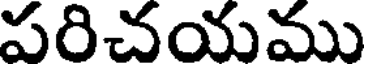
పరిచయము